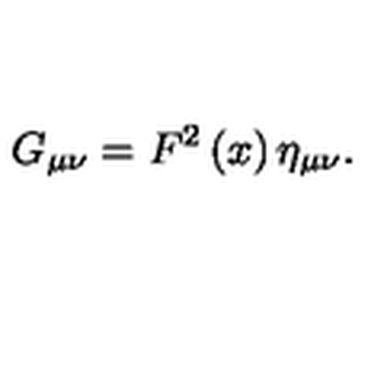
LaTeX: G _ { \mu \nu } = F ^ { 2 } \left( x \right) \eta _ { \mu \nu } .